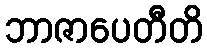
ဘာဇာပေတီတိ